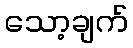
သော့ချက်